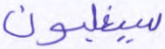
سيغلبون